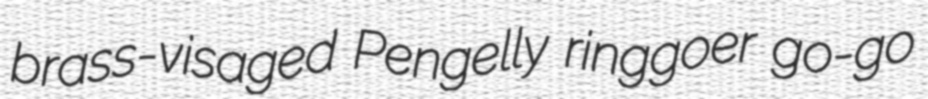
brass-visaged Pengelly ringgoer go-go